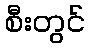
စီးတွင်